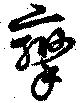
攣